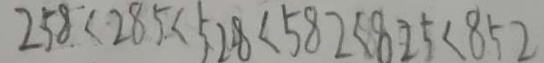
2 5 8 < 2 8 5 < 5 2 8 < 5 8 2 < 8 2 5 < 8 5 2